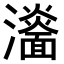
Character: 𤃨